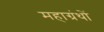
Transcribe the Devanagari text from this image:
महाग्रंथों